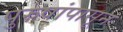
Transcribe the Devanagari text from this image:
पुरुषांपासून